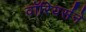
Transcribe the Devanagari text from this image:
वॉरियर्सने